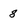
Character: 8